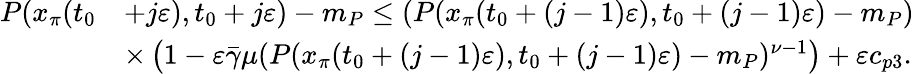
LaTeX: \begin{array}{rl}{P(x_{\pi}(t_{0}}&{+j\varepsilon),t_{0}+j\varepsilon)-m_{P}\le(P(x_{\pi}(t_{0}+(j-1)\varepsilon),t_{0}+(j-1)\varepsilon)-m_{P})}\\ &{\times\left(1-\varepsilon\bar{\gamma}\mu(P(x_{\pi}(t_{0}+(j-1)\varepsilon),t_{0}+(j-1)\varepsilon)-m_{P})^{\nu-1}\right)+\varepsilon c_{p3}.}\end{array}